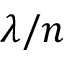
\lambda / n